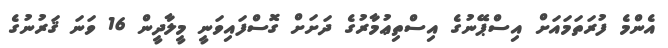
އެންމެ ފުރަތަމައަށް އިސްޕޭނުގެ އިސްތިޢުމާރުގެ ދަށަށް ގޮސްފައިވަނީ މީލާދީން 16 ވަނަ ޤަރުނުގެ